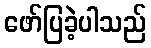
ဖော်ပြခဲ့ပါသည်